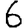
Digit: 6